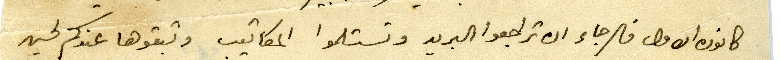
كانون الاول فالرجاء ان تراجعوا البريد وتستلموا المكاتيب وتبقوها عندكم لحين